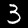
Label: 3